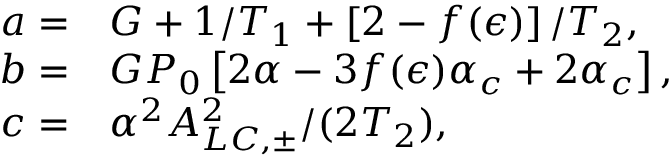
\begin{array} { r l } { a = } & { { } G + 1 / T _ { 1 } + \left[ 2 - f ( \epsilon ) \right] / T _ { 2 } , } \\ { b = } & { { } G P _ { 0 } \left[ 2 \alpha - 3 f ( \epsilon ) \alpha _ { c } + 2 \alpha _ { c } \right] , } \\ { c = } & { { } \alpha ^ { 2 } A _ { L C , \pm } ^ { 2 } / ( 2 T _ { 2 } ) , } \end{array}